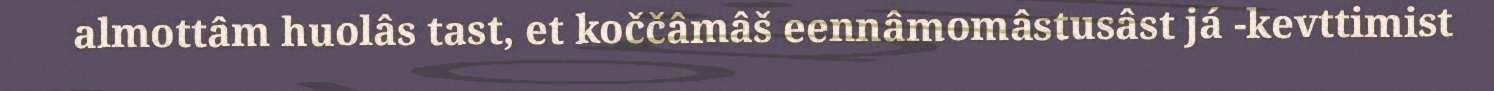
almottâm huolâs tast, et koččâmâš eennâmomâstusâst já -kevttimist